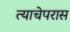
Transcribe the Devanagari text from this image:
त्याचेपरास